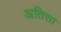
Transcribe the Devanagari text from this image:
अतिसा